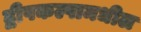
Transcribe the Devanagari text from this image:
द्वीपकल्पामधील